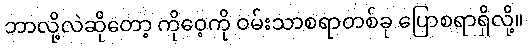
ဘာလို့လဲဆိုတော့ ကိုဝေ့ကို ဝမ်းသာစရာတစ်ခု ပြောစရာရှိလို့။